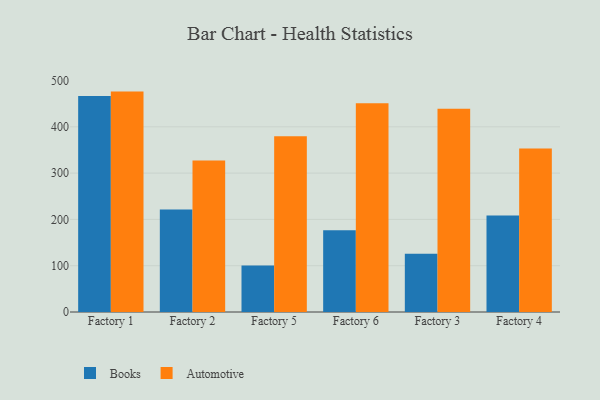
{"axis": {"x": "Factory", "y": "Humidity (%)"}, "legend": ["Automotive", "Books"], "data": [{"x": "Factory 1", "y": 466.5, "type": "Books"}, {"x": "Factory 1", "y": 476.1, "type": "Automotive"}, {"x": "Factory 2", "y": 221.2, "type": "Books"}, {"x": "Factory 2", "y": 327.4, "type": "Automotive"}, {"x": "Factory 5", "y": 100.4, "type": "Books"}, {"x": "Factory 5", "y": 379.7, "type": "Automotive"}, {"x": "Factory 6", "y": 176.4, "type": "Books"}, {"x": "Factory 6", "y": 451.1, "type": "Automotive"}, {"x": "Factory 3", "y": 125.6, "type": "Books"}, {"x": "Factory 3", "y": 439.2, "type": "Automotive"}, {"x": "Factory 4", "y": 208.3, "type": "Books"}, {"x": "Factory 4", "y": 353.1, "type": "Automotive"}]}